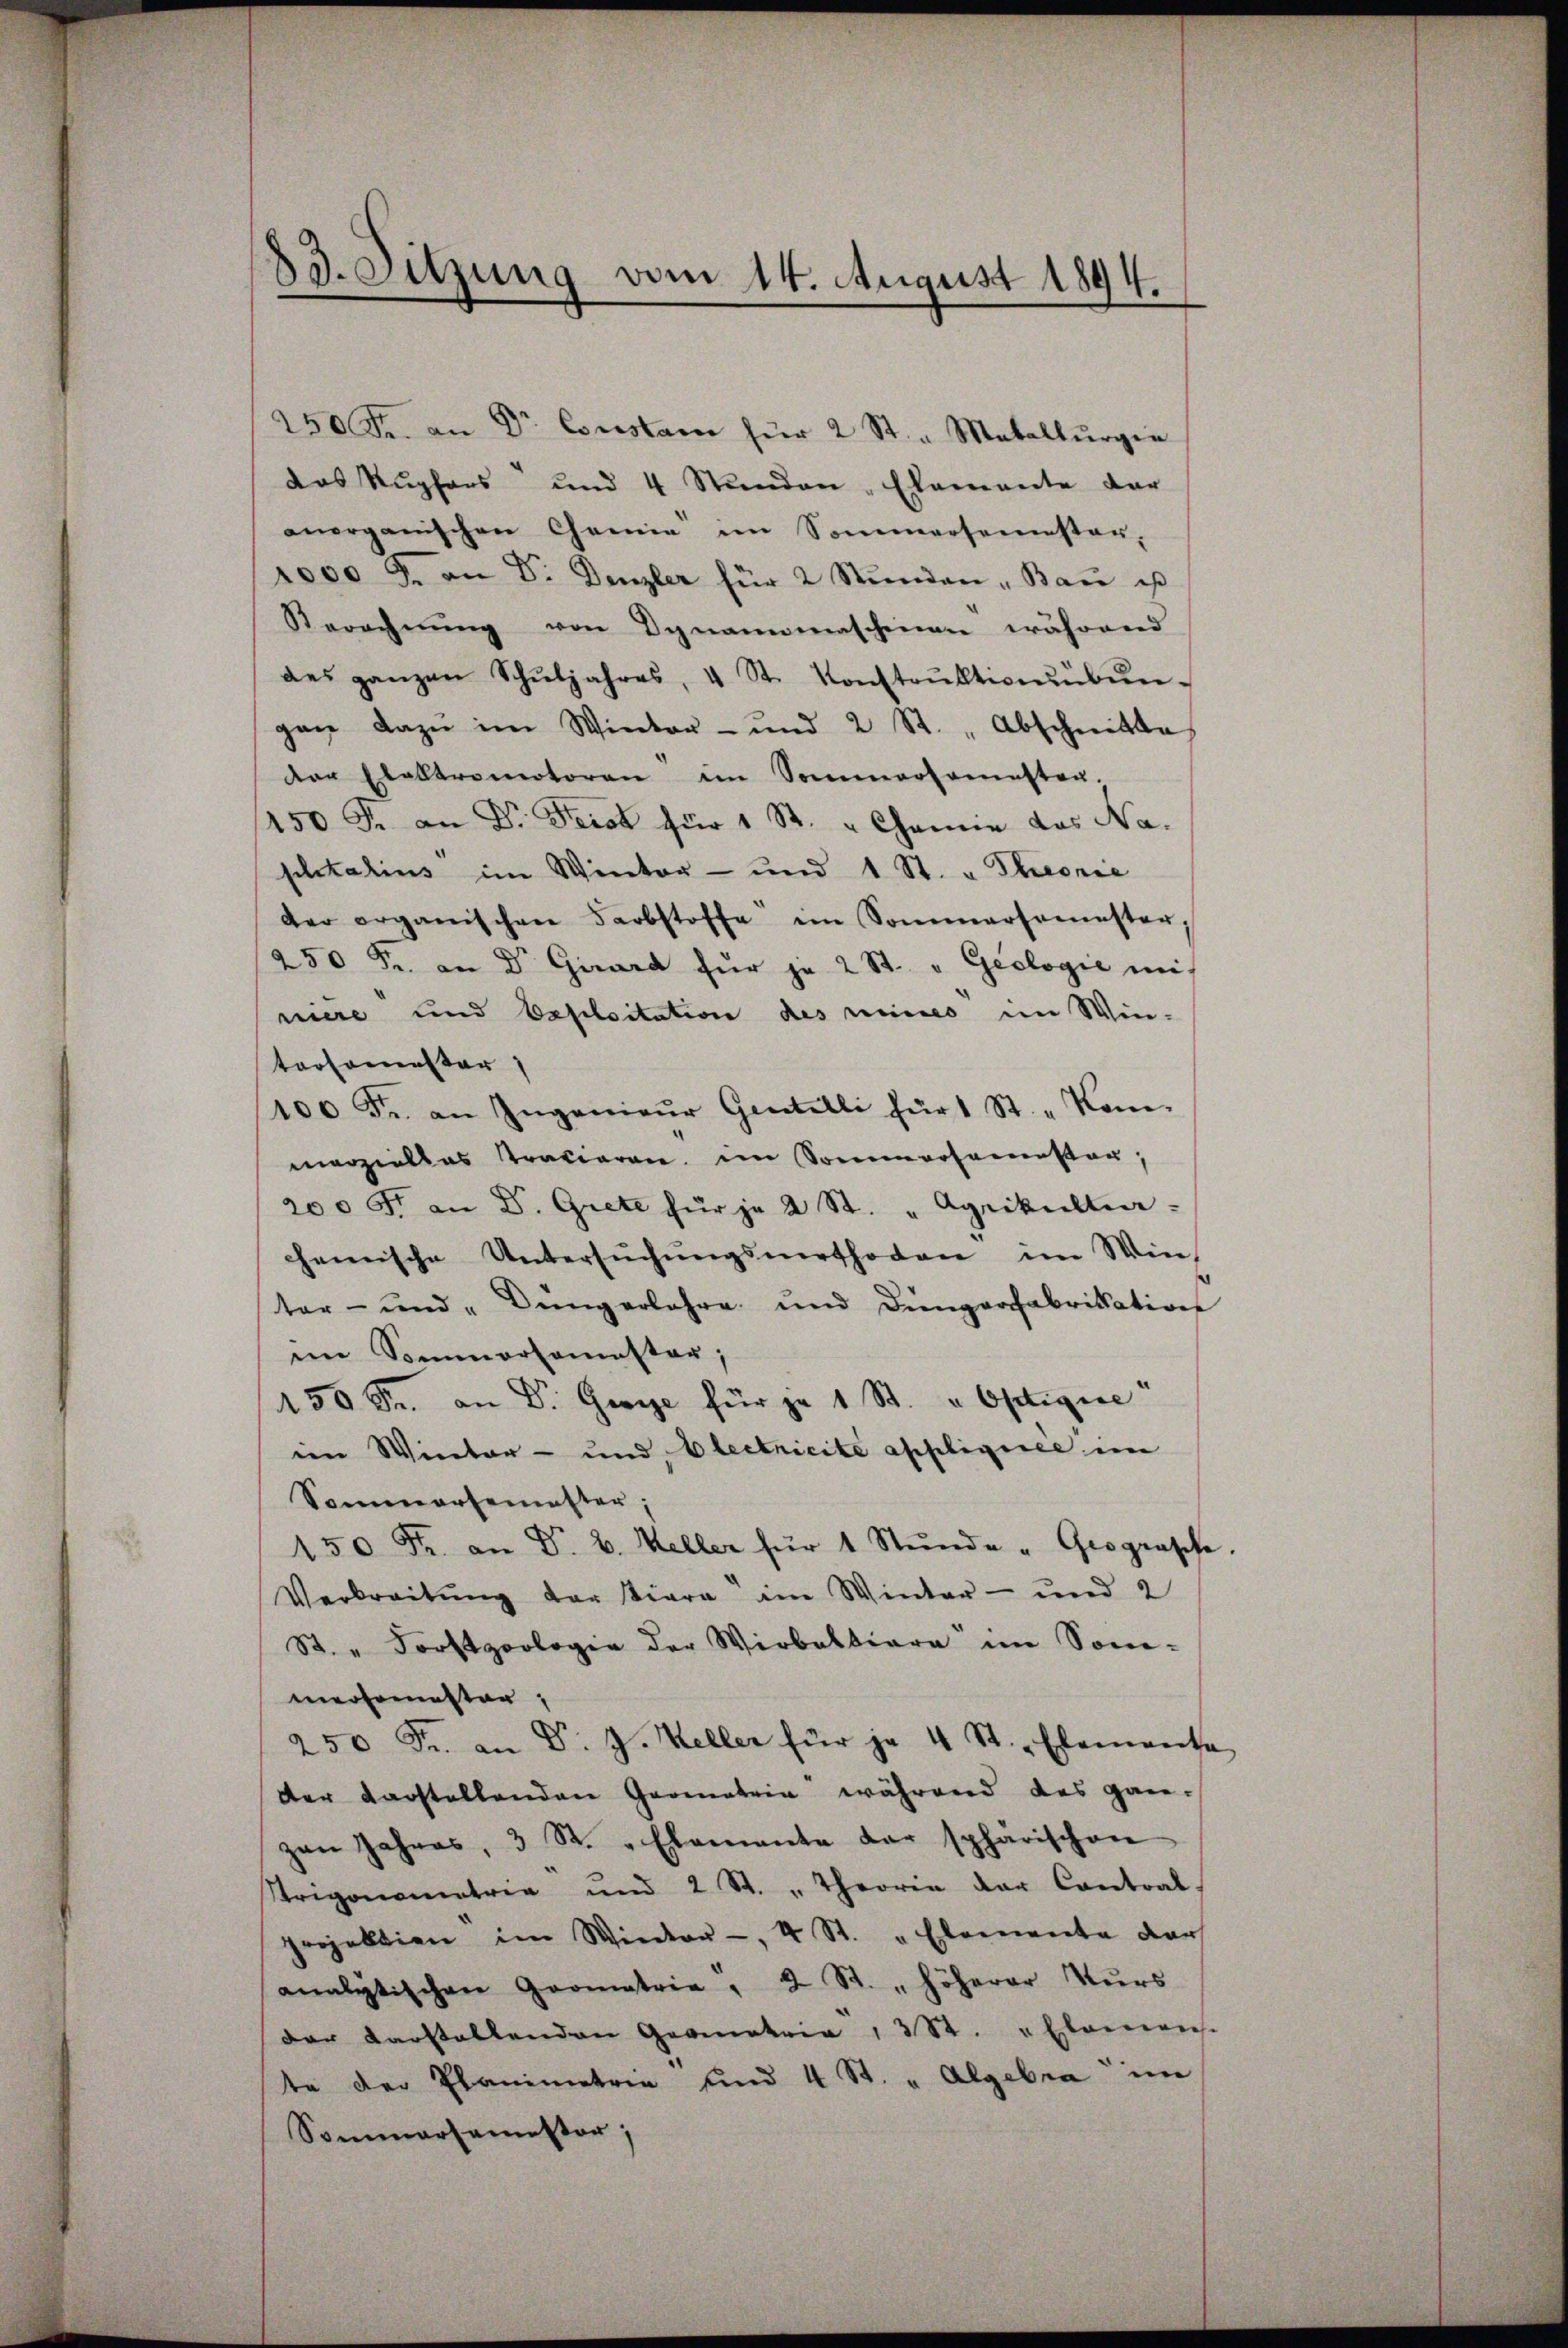
83. Sitzung vom 14. August 1894.

250 Fr. an Dr. Constam für 2 St. - Maballŭrgie
das Kupfers und 4 Stunden Elemente dar
anorganischen Chemie im Sommersemesten,
1000 J. an Dr. Denzler für 2 Stŭnden " Bau es
Berechnŭng von Dynamomaschinen während
des ganzen Schŭljahres, 4 St. Konstrŭktionsbŭn-
gan dazu im Winter- und 2 St. "Abschnitte
der Elektromotoren im Sommersamsten.
450 Fr. an Dr. Ferat für 1 St. " Chemie das Na-
pitalius im Winter- und 1 St. u Theorie
der organischen Farbstoffe im Sommersemester
250 Fr. an Dr Girard für je 2 St. " Geologie mi-
niere und bescloitation des meines im Win-
tarsomester
100 Fr. an Ingenieŭr Gentelli für 1 St. Kom-
marzialkas Traciaren im Sommersamester,
200 Fr. an Dr. Grete für je 2 St. " Agrikulti-
chemische Untersŭchŭngsmethoden im Win-
ter- und "Bŭng erlehre und Düngerfabrikation
im Sommersemester,
150 Fr. an Dr. George für je 1 St. u Optigire
im Winter- und Electricite appligiree in
Sommersemester;
150 Fr. an Dr. v. Keller für 1 Stŭnde - Geograsche.
Verbreitŭng der stiere im Winter- und 2
St. " Forstpoologie der Wirbaltiore im Sonn-
mersemester,
250 Fr. an D. J. Keller für je 4 St. - Elemente
der darstellenden Geometrie während das gan-
zan Jahres, 3 St. „Elemente der sphärischen
Trigonometrie und 2 St. „Theoria der Contral-
projektion im Winter -, 4 St. " Elemente dar
analytischen Geometrie, 2 St. "höherer Nŭrs
der Darstellenden Geometrie 3 St. " Elemens.
te der Planimetrie und 4 St. " Algebra im
Sommersemester;